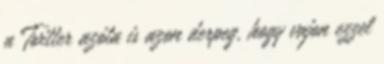
a Twitter azóta is azon derpeg, hogy vajon ezzel